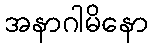
အနာဂါမိနော